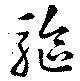
駆